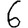
Digit: 6